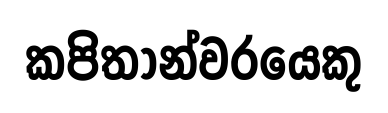
කපිතාන්වරයෙකු